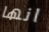
انها